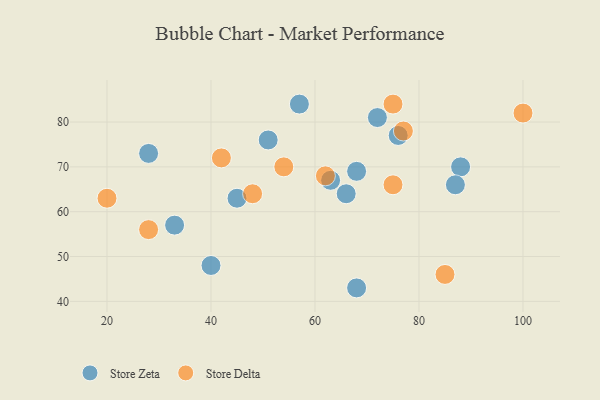
{"axis": {"x": "GDP", "y": "Life Expectancy"}, "legend": ["Store Delta", "Store Zeta"], "data": [{"x": "33", "y": 57, "type": "Store Zeta"}, {"x": "68", "y": 43, "type": "Store Zeta"}, {"x": "63", "y": 67, "type": "Store Zeta"}, {"x": "68", "y": 69, "type": "Store Zeta"}, {"x": "88", "y": 70, "type": "Store Zeta"}, {"x": "40", "y": 48, "type": "Store Zeta"}, {"x": "87", "y": 66, "type": "Store Zeta"}, {"x": "72", "y": 81, "type": "Store Zeta"}, {"x": "51", "y": 76, "type": "Store Zeta"}, {"x": "66", "y": 64, "type": "Store Zeta"}, {"x": "28", "y": 73, "type": "Store Zeta"}, {"x": "76", "y": 77, "type": "Store Zeta"}, {"x": "45", "y": 63, "type": "Store Zeta"}, {"x": "57", "y": 84, "type": "Store Zeta"}, {"x": "48", "y": 64, "type": "Store Delta"}, {"x": "75", "y": 66, "type": "Store Delta"}, {"x": "20", "y": 63, "type": "Store Delta"}, {"x": "85", "y": 46, "type": "Store Delta"}, {"x": "42", "y": 72, "type": "Store Delta"}, {"x": "77", "y": 78, "type": "Store Delta"}, {"x": "28", "y": 56, "type": "Store Delta"}, {"x": "54", "y": 70, "type": "Store Delta"}, {"x": "62", "y": 68, "type": "Store Delta"}, {"x": "75", "y": 84, "type": "Store Delta"}, {"x": "100", "y": 82, "type": "Store Delta"}]}